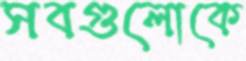
সবগুলোকে